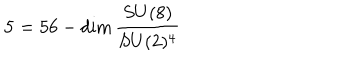
LaTeX: { \bf 5 } = 5 6 - \mathrm { d i m } \, \frac { S U ( 8 ) } { S U ( 2 ) ^ { 4 } }